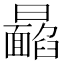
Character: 𩉉